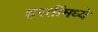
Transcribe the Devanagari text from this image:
हस्तींमध्ये